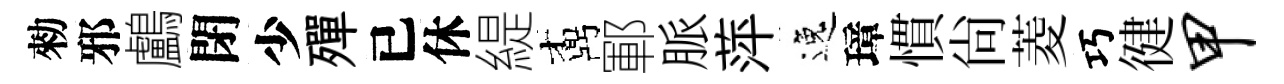
勑邪鸕閉少殫已休緹鼒鄆脈萍逸璋慣尙菱巧徤甲